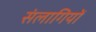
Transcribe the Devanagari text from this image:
संलागियों